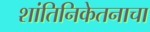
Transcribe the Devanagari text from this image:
शांतिनिकेतनाचा